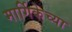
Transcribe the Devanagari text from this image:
मार्गिकेच्या